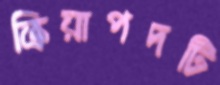
ক্রিয়াপদটি